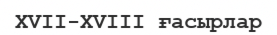
XVII-XVIII ғасырлар